Leaving Certificate Examination (including Day School Certificate (Higher) General paper), 1933
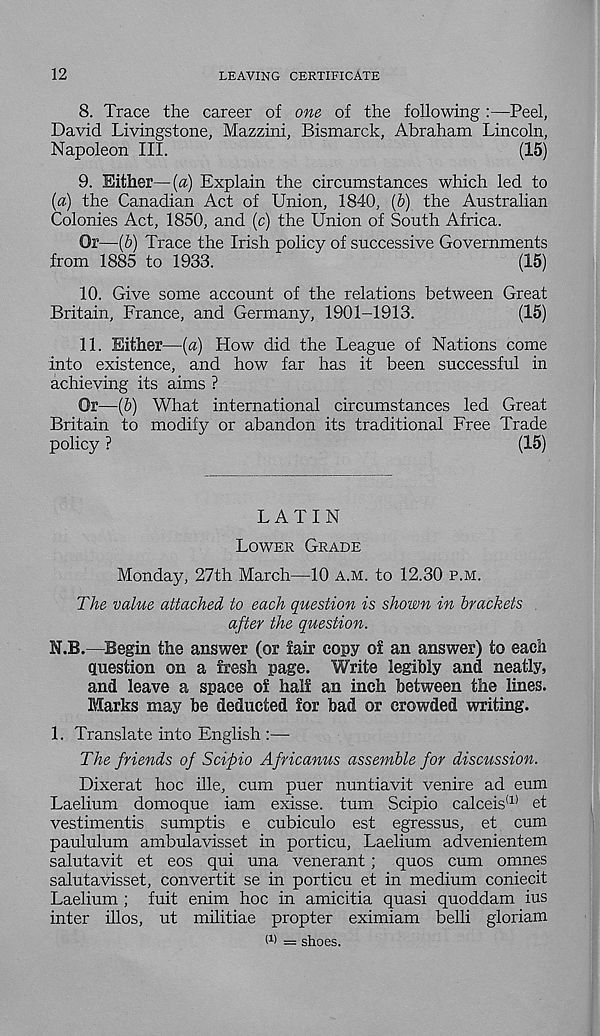
12
LEAVING CERTIFICATE
8. Trace the career of one of the following :—Peel,
David Livingstone, Mazzini, Bismarck, Abraham Lincoln,
Napoleon III.
(15)
9. Either—[a) Explain the circumstances which led to
(a) the Canadian Act of Union, 1840, [b) the Australian
Colonies Act, 1850, and (c) the Union of South Africa.
Or—(6) Trace the Irish policy of successive Governments
from 1885 to 1933.
(15)
10. Give some account of the relations between Great
Britain, France, and Germany, 1901-1913.
(15)
11. Either—(a) How did the League of Nations come
into existence, and how far has it been successful in
achieving its aims ?
Or—(5) What international circumstances led Great
Britain to modify or abandon its traditional Free Trade
policy ?
(15)
LATIN
LOWER GRADE
Monday, 27th March—10 A.M. to 12.30 P.M.
The value attached to each question is shown in brackets
after the question.
N.B.—Begin the answer (or fair copy of an answer) to each
question on a fresh page. Write legibly and neatly,
and leave a space of half an inch between the lines.
Marks may be deducted for bad or crowded writing.
1. Translate into English :—•
The friends of Scipio Africanus assemble for discussion.
Dixerat hoc ille, cum puer nuntiavit venire ad eum
Laelium domoque iam exisse. turn Scipio calceis (1) et
vestimentis sumptis e cubiculo est egressus, et cum
paululum ambulavisset in porticu, Laelium advenientem
salutavit et eos qui una venerant; quos cum omnes
salutavisset, convertit se in porticu et in medium coniecit
Laelium ; fuit enim hoc in amicitia quasi quoddam ius
inter illos, ut militiae propter eximiam belli gloriam
W = shoes.